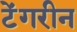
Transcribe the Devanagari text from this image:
टेंगरीन